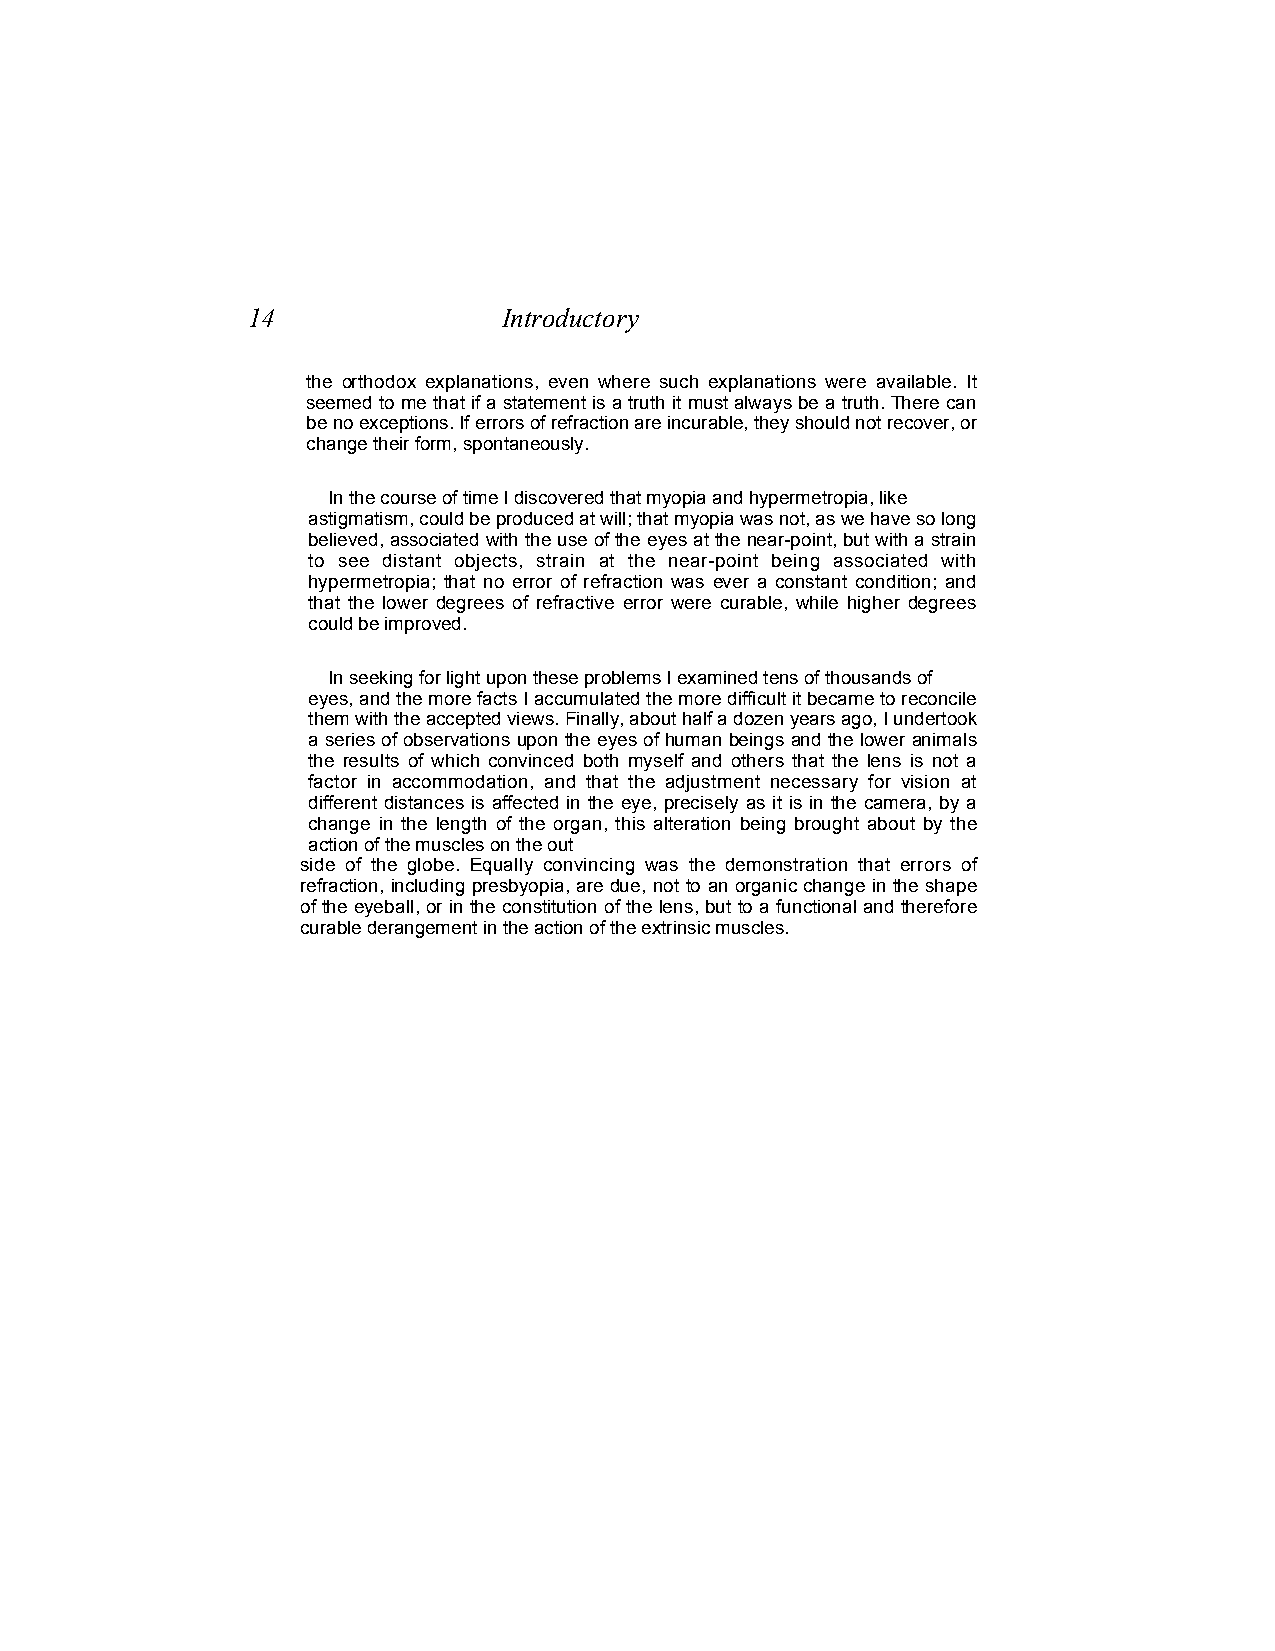
14               Introductory
 the orthodox explanations, even where such explanations were available. It
 seemed to me that if a statement is a truth it must always be a truth. There can
 be no exceptions. If errors of refraction are incurable, they should not recover, or
 change their form, spontaneously.
 In the course of time I discovered that myopia and hypermetropia, like
 astigmatism, could be produced at will; that myopia was not, as we have so long
 believed, associated with the use of the eyes at the near-point, but with a strain
 to see distant objects, strain at the near-point being associated with
 hypermetropia; that no error of refraction was ever a constant condition; and
 that the lower degrees of refractive error were curable, while higher degrees
 could be improved.
 In seeking for light upon these problems I examined tens of thousands of
 eyes, and the more facts I accumulated the more difficult it became to reconcile
 them with the accepted views. Finally, about half a dozen years ago, I undertook
 a series of observations upon the eyes of human beings and the lower animals
 the results of which convinced both myself and others that the lens is not a
 factor in accommodation, and that the adjustment necessary for vision at
 different distances is affected in the eye, precisely as it is in the camera, by a
 change in the length of the organ, this alteration being brought about by the
 action of the muscles on the out
 side of the globe. Equally convincing was the demonstration that errors of
 refraction, including presbyopia, are due, not to an organic change in the shape
 of the eyeball, or in the constitution of the lens, but to a functional and therefore
 curable derangement in the action of the extrinsic muscles.